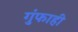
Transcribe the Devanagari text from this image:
गुंफाही